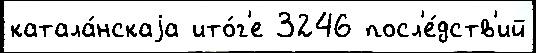
катала́нскаjа ито́г'е 3246 посл'е́дств'ий